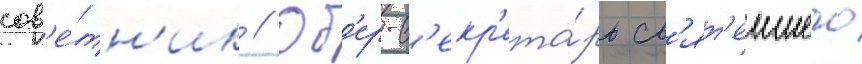
сов'е́тн'ик // Об'ер-с'екр'ета́рь св'ят'еишего